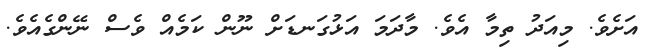
އަށެވެ. މިއަދު ތިމާ އެވެ. މާދަމަ އަޅުގަނޑަށް ނޫން ކަމެއް ވެސް ނޭންގެއެވެ.